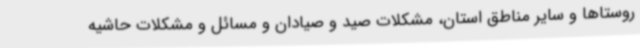
روستاها و سایر مناطق استان، مشکلات صید و صیادان و مسائل و مشکلات حاشیه